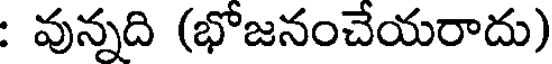
: వున్నది (భోజనంచేయరాదు)